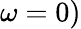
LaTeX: \omega=0)